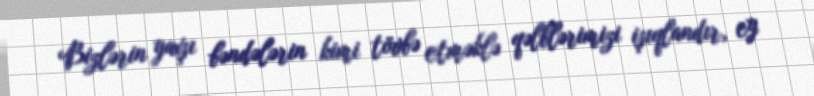
Bizlərin yaxşı bəndələrin kimi tövbə etməklə qəlblərimizi işıqlandır, ey